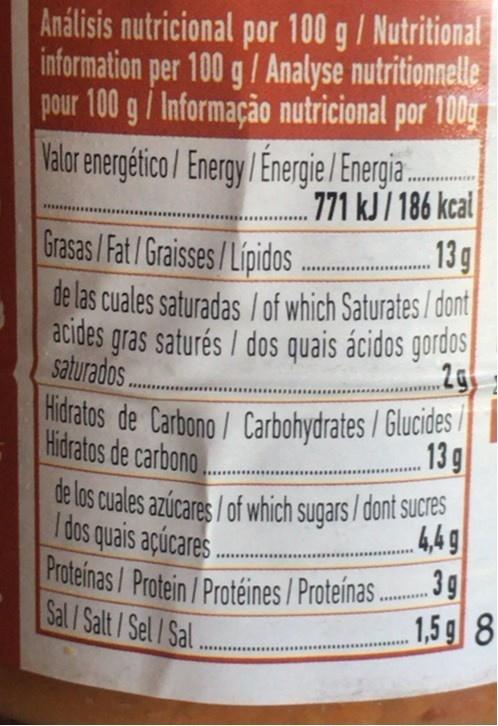
Análisis nutricional por 100 g/ Nutritional information per 100 g/ Analyse nutritionnelle pour 100 g/ Informação nutricional por 100g Valor energético/ Energy/ Energie/ Energia 771 kJ/ 186 kcal 13g
.......
Grasas / Fat /Graisses/Lipidos
.***.
..........
de las cuales saturadas / of which Saturates / dont acides gras saturés / dos quais ácidos gordos
saturados.
Hidratos de Carbono/ Carbohydrates / Glucides
Hidratos de carbono. de los cuales azúcares/of which sugars / dont sucres I dos quais açúcares. Proteinas/ Protein /Protéines / Proteínas.. Sal / Salt /Sel /Sal..
13 g
.......*.
4,4 9 3g 1,5g 8
...........
.......**